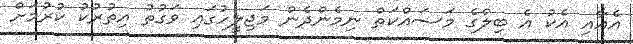
އެއާއި އެކު އެ ބިލްގެ މަސައްކަތް ނިމެންދެން މަޖިލީހުގައި ވަގުތު އިތުރުކު ކުރުމަށް